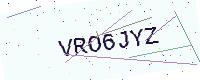
Text: VRO6JYZ